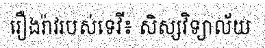
រឿងរ៉ាវរបស់ទេវី៖ សិស្សវិទ្យាល័យ